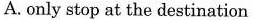
A.only stop at the destination